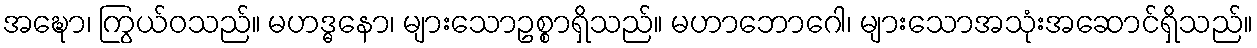
အဍ္ဎော၊ ကြွယ်ဝသည်။ မဟဒ္ဓနော၊ များသောဥစ္စာရှိသည်။ မဟာဘောဂေါ၊ များသောအသုံးအဆောင်ရှိသည်။